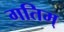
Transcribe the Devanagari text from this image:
गतिम्